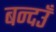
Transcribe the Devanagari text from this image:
बन्दउँ